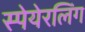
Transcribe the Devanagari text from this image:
स्पेयेरलिंग